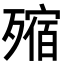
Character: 𣩐